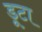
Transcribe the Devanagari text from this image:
डूटा